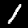
Label: 1